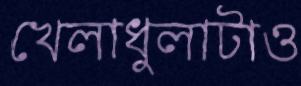
খেলাধুলাটাও